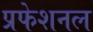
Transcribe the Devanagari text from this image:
प्रफेशनल